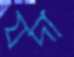
যদা